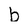
Character: b